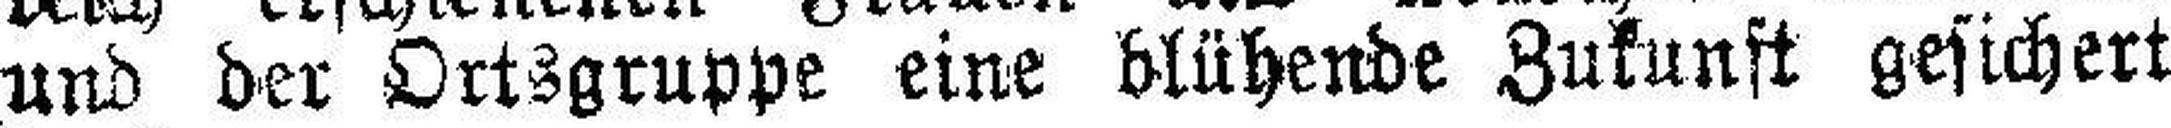
und der Ortsgruppe eine blühende Zukunft gesichert